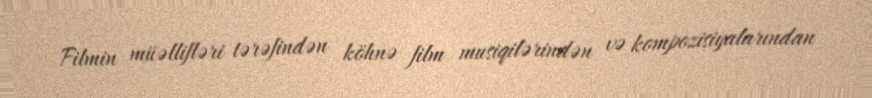
Filmin müəllifləri tərəfindən köhnə film musiqilərindən və kompozisiyalarından